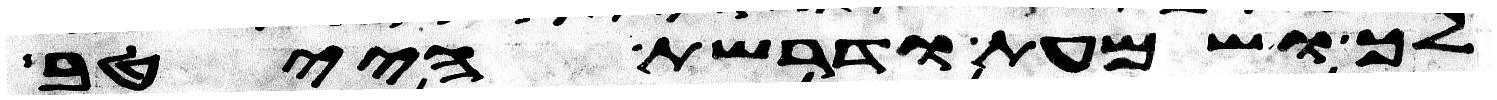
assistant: לך ושמעת ודרשת הייטב